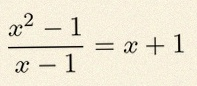
\frac{x^2-1}{x-1}=x+1